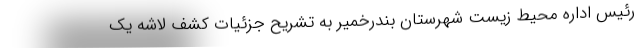
رئیس اداره محیط زیست شهرستان بندرخمیر به تشریح جزئیات کشف لاشه یک